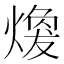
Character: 𤎈